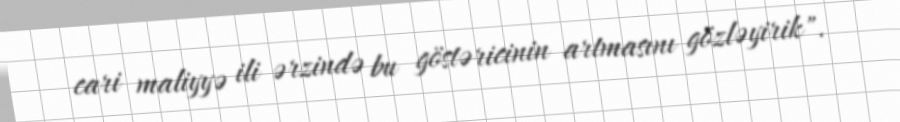
cari maliyyə ili ərzində bu göstəricinin artmasını gözləyirik".